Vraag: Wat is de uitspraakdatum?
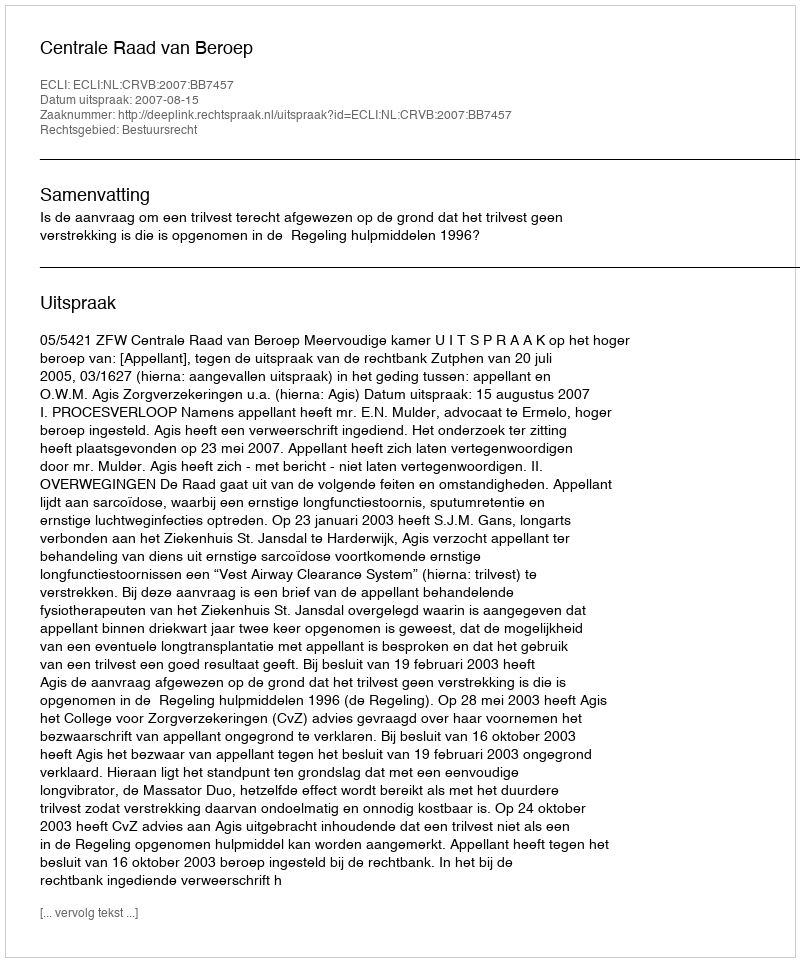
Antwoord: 2007-08-15